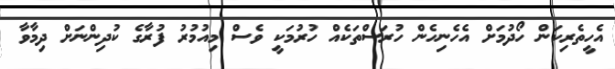
އެހީތެރިކަން ހޯދުމަށް އެހެނިހެން ހުރަސްތަކެއް ހުރުމަކީ ވެސް މިއުމުރު ފުރާގެ ކުދިންނަށް ދިމާވާ